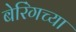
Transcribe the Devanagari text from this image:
बेरिंगच्या